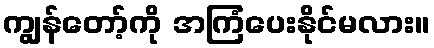
ကျွန်တော့်ကို အကြံပေးနိုင်မလား။